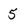
Character: 5